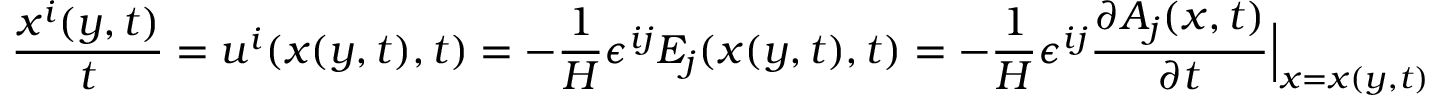
\frac { \d { } x ^ { i } ( y , t ) } { \d { } t } = u ^ { i } ( x ( y , t ) , t ) = - \frac { 1 } { H } \epsilon ^ { i j } E _ { j } ( x ( y , t ) , t ) = - \frac { 1 } { H } \epsilon ^ { i j } \frac { \partial A _ { j } ( x , t ) } { \partial { t } } \Big | _ { x = x ( y , t ) } \, .